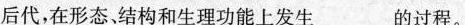
后代，在形态，结构和生理功能上发生_的过程。